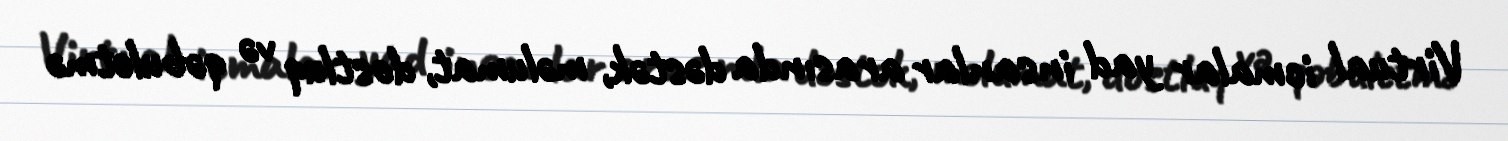
Virtual icmalar yad insanlar arasında dəstək, məlumat, dostluq və qəbuletmə